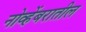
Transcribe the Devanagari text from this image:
नोव्हेंबरातील